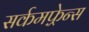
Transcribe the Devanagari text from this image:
सर्कमफ़्रेन्स